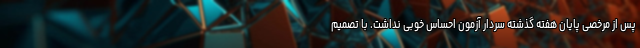
پس از مرخصی پایان هفته گذشته سردار آزمون احساس خوبی نداشت. با تصمیم